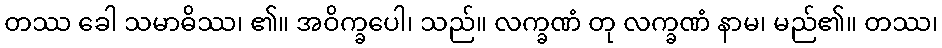
တဿ ခေါ သမာဓိဿ၊ ၏။ အဝိက္ခပေါ၊ သည်။ လက္ခဏံ တု လက္ခဏံ နာမ၊ မည်၏။ တဿ၊